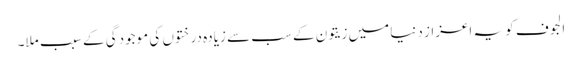
الجوف کو یہ اعزاز دنیا میں زیتون کے سب سے زیادہ درختوں کی موجودگی کے سبب ملا۔